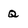
Character: Q